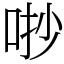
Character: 𠳕